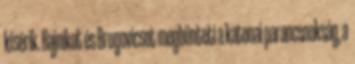
kísérik. Rajnikot és Brugovicsot megbünteti a katonai parancsnokság, a